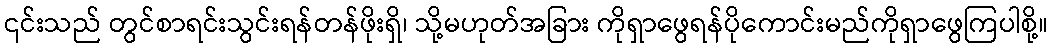
၎င်းသည် တွင်စာရင်းသွင်းရန်တန်ဖိုးရှိ၊ သို့မဟုတ်အခြား ကိုရှာဖွေရန်ပိုကောင်းမည်ကိုရှာဖွေကြပါစို့။